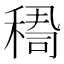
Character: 𥠫